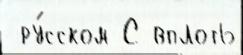
 ру́сском С вплоть